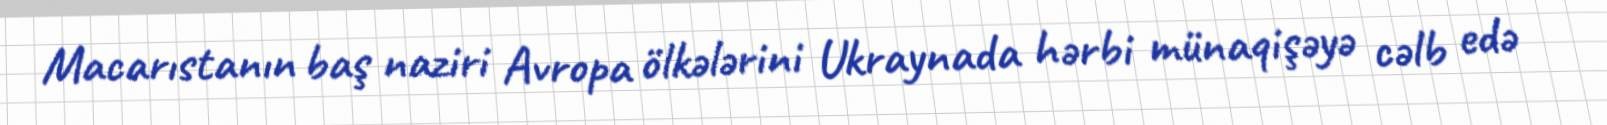
Macarıstanın baş naziri Avropa ölkələrini Ukraynada hərbi münaqişəyə cəlb edə